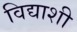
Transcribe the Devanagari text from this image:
विद्याशी